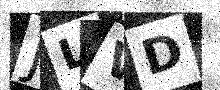
Text: JLVD